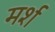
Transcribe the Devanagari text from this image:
मर्श